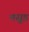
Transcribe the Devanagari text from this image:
मसूड